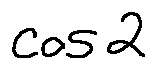
\cos 2